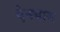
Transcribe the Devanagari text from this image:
ऐक्यास